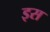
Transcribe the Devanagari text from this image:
इस